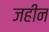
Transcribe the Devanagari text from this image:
जहीन